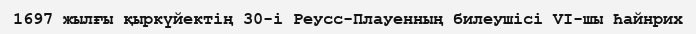
1697 жылғы қыркүйектің 30-і Реусс-Плауенның билеушісі VI-шы Һайнрих